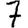
Digit: 7